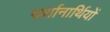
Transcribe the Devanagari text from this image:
दर्शानार्थियों